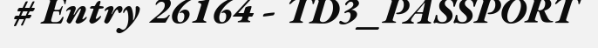
# Entry 26164 - TD3_PASSPORT